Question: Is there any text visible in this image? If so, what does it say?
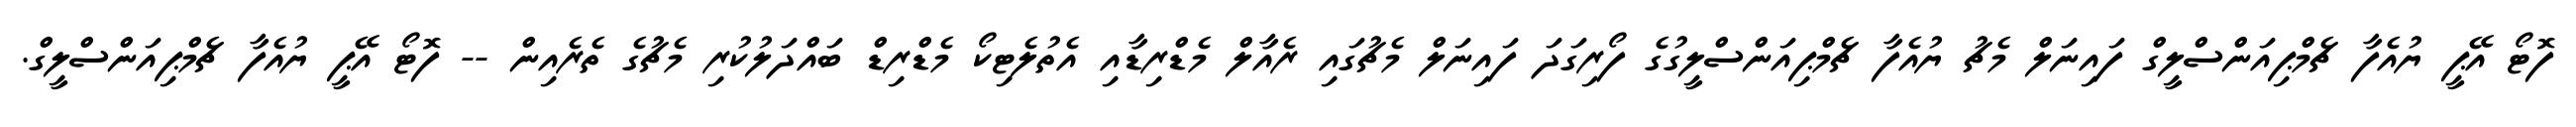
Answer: ފޮޓޯ އޭޕީ ޔުއެފާ ޗެމްޕިއަންސްލީގް ފައިނަލް މެޗު ޔުއެފާ ޗެމްޕިއަންސްލީގުގެ ފޯރިގަދަ ފައިނަލް މެޗުގައި ރެއާލް މެޑްރިޑާއި އެތުލެޓިކޯ މެޑްރިޑް ބައްދަލުކުރި މެޗުގެ ތެރެއިން -- ފޮޓޯ އޭޕީ ޔުއެފާ ޗެމްޕިއަންސްލީގް.